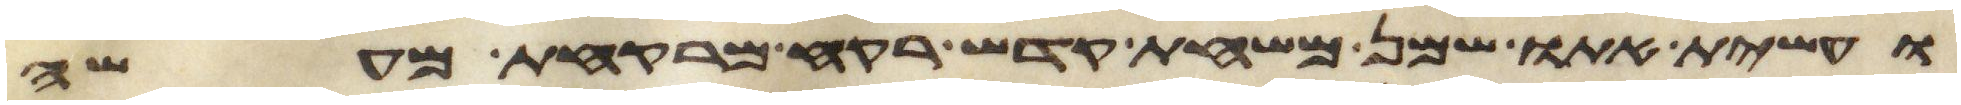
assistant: ועשית אתו שמן משחת קדש רקח מרקחת מעשה